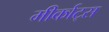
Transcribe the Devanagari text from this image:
मीर्काट्स